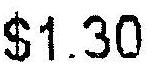
$1.30